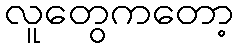
လူတွေကတော့